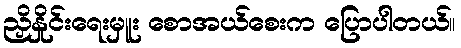
ညှိနှိုင်းရေးမှူး စောအယ်စေးက ပြောပါတယ်။